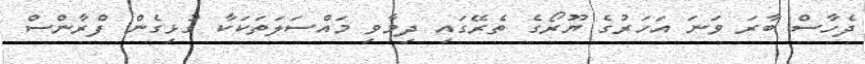
ދެހާސް ބާރަ ވަނަ އަހަރުގެ ޔޫރޯގެ ތެރޭގައި ދިމާވި މައްސަލަތަކަކާ ގުޅިގެން ފްރާންސް